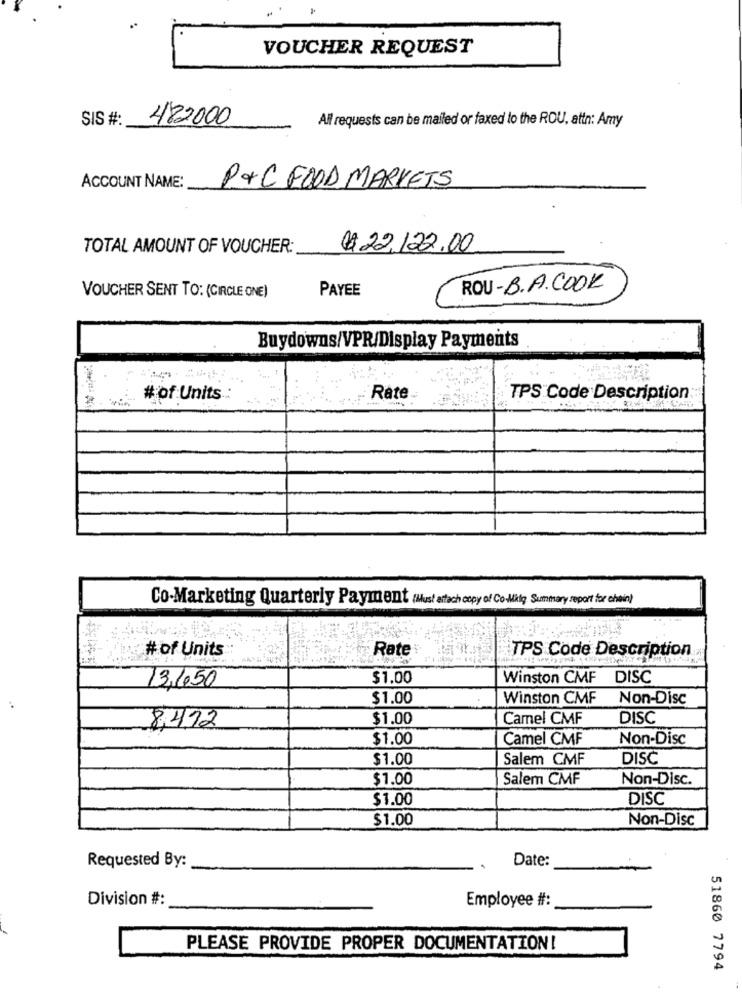
VOUCHER REQUEST
SIS #:
482000
All requests can be mailed or faxed lo the ROU, attn: Amy
ACCOUNT NAME:
P&C FOOD MARKETS
TOTAL AMOUNT OF VOUCHER:
€ 22,122.00
PAYEE
ROU-B.A.COOK
VOUCHER SENT TO: (CIRCLE ONE)
Buydowns/VPR/Display Payments
# of Units
Rate
TPS Code Description
Co-Marketing Quarterly Payment Must attach copy of Co-Mitq Summary report for chain)
# of Units
Rate
TPS Code Description
13,650
$1.00
Winston CMF DISC
$1.00
Winston CMF Non-Disc
$1.00
Camel CMF
DISC
8,412
$1.00
Camel CMF
Non-Disc
$1.00
Salem CMF
DISC
$1.00
Salem CMF
Non-Disc.
$1.00
DISC
$1.00
Non-Disc
Requested By:
Date:
Division #:
Employee #:
PLEASE PROVIDE PROPER DOCUMENTATION!
51860 7794